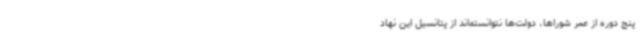
پنج دوره از عمر شوراها، دولت‌ها نتوانسته‌اند از پتانسیل این نهاد